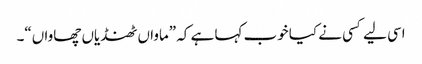
اسی لیے کسی نے کیا خوب کہا ہے کہ ”ماواں ٹھنڈیاں چھاواں“۔